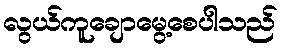
လွယ်ကူချောမွေ့စေပါသည်